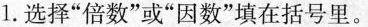
1.选择”倍数”或”因数”填在括号里。